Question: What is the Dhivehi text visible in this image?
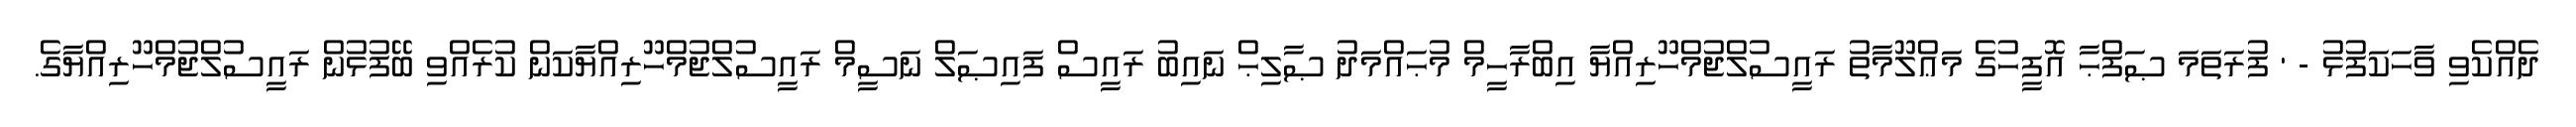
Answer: ދެއްކެވި ވާހަކަފުޅު - ' ފުރަތަމަ ޞަފްޙާ އޮފީހުގެ މަޢްލޫމާތު ރައީސުލްޖުމްހޫރިއްޔާ އިބްރާހީމް މުޙައްމަދު ޞާލިޙް ނައިބު ރައީސް ފައިޞަލް ނަސީމް ރައީސުލްޖުމްހޫރިއްޔާކަން ކުރެއްވި ބޭފުޅުން ރައީސުލްޖުމްހޫރިއްޔާގެ.